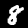
Digit: 8